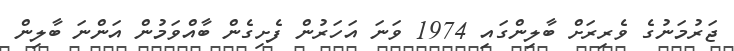
ޖަރުމަނުގެ ވެރިރަށް ބާލިންގައި 1974 ވަނަ އަހަރުން ފެށިގެން ބާއްވަމުން އަންނަ ބާލިން